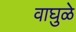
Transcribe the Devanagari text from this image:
वाघुळे